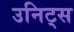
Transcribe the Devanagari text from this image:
उनिट्स